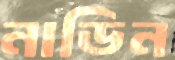
নাডিন